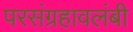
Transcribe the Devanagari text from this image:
परसंग्रहावलंबी